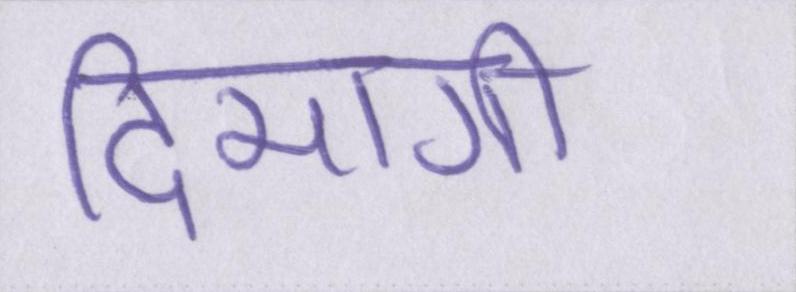
दिमागी